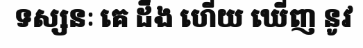
ទស្សនៈ គេ ដឹង ហើយ ឃើញ នូវ